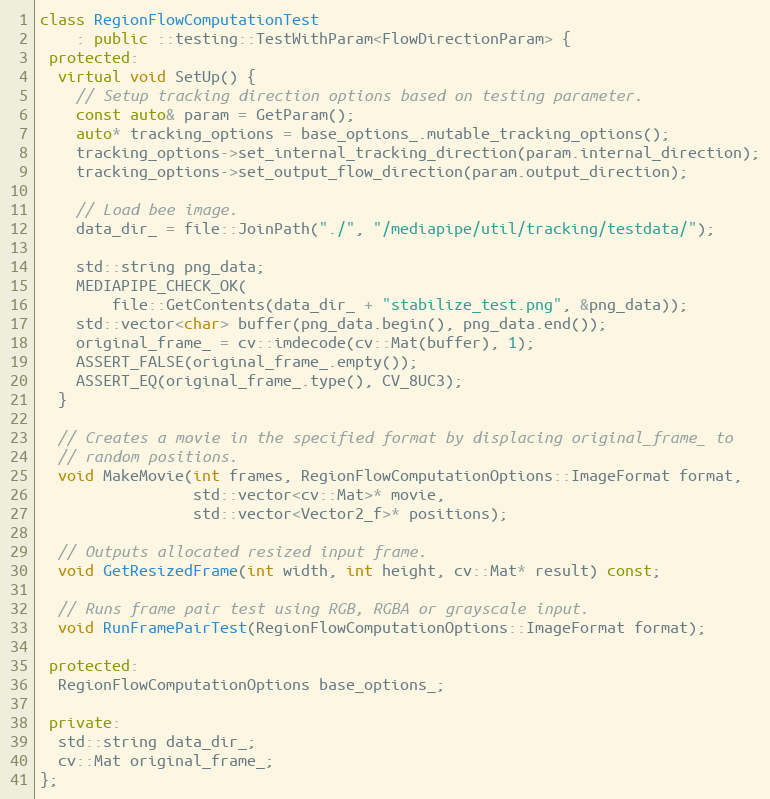
Language: C++
class RegionFlowComputationTest
    : public ::testing::TestWithParam<FlowDirectionParam> {
 protected:
  virtual void SetUp() {
    // Setup tracking direction options based on testing parameter.
    const auto& param = GetParam();
    auto* tracking_options = base_options_.mutable_tracking_options();
    tracking_options->set_internal_tracking_direction(param.internal_direction);
    tracking_options->set_output_flow_direction(param.output_direction);

    // Load bee image.
    data_dir_ = file::JoinPath("./", "/mediapipe/util/tracking/testdata/");

    std::string png_data;
    MEDIAPIPE_CHECK_OK(
        file::GetContents(data_dir_ + "stabilize_test.png", &png_data));
    std::vector<char> buffer(png_data.begin(), png_data.end());
    original_frame_ = cv::imdecode(cv::Mat(buffer), 1);
    ASSERT_FALSE(original_frame_.empty());
    ASSERT_EQ(original_frame_.type(), CV_8UC3);
  }

  // Creates a movie in the specified format by displacing original_frame_ to
  // random positions.
  void MakeMovie(int frames, RegionFlowComputationOptions::ImageFormat format,
                 std::vector<cv::Mat>* movie,
                 std::vector<Vector2_f>* positions);

  // Outputs allocated resized input frame.
  void GetResizedFrame(int width, int height, cv::Mat* result) const;

  // Runs frame pair test using RGB, RGBA or grayscale input.
  void RunFramePairTest(RegionFlowComputationOptions::ImageFormat format);

 protected:
  RegionFlowComputationOptions base_options_;

 private:
  std::string data_dir_;
  cv::Mat original_frame_;
};